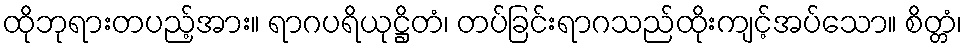
ထိုဘုရားတပည့်အား။ ရာဂပရိယုဋ္ဌိတံ၊ တပ်ခြင်းရာဂသည်ထိုးကျင့်အပ်သော။ စိတ္တံ၊